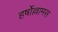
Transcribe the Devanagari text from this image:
हर्षोल्लामस